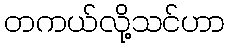
တကယ်လို့သင်ဟာ